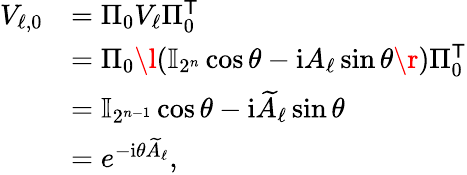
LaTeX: \begin{array}{rl}{V_{\ell,0}}&{=\Pi_{0}V_{\ell}\Pi_{0}^{\mathsf{T}}}\\ &{=\Pi_{0}\l(\mathbb{I}_{2^{n}}\cos\theta-\mathrm{i}A_{\ell}\sin\theta\r)\Pi_{0}^{\mathsf{T}}}\\ &{=\mathbb{I}_{2^{n-1}}\cos\theta-\mathrm{i}\widetilde{A}_{\ell}\sin\theta}\\ &{=e^{-\mathrm{i}\theta\widetilde{A}_{\ell}},}\end{array}